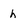
Character: h